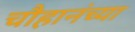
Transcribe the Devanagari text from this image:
चौहानंच्या